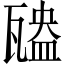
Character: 𤮃